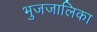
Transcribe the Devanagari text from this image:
भुजजालिका